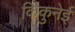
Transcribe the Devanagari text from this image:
किकुनेई